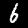
Label: 6